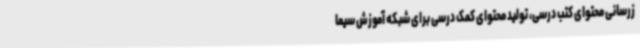
زرسانی محتوای کتب درسی، تولید محتوای کمک درسی برای شبکه آموزش سیما